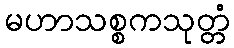
မဟာသစ္စကသုတ္တံ